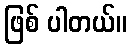
ဖြစ် ပါတယ်။